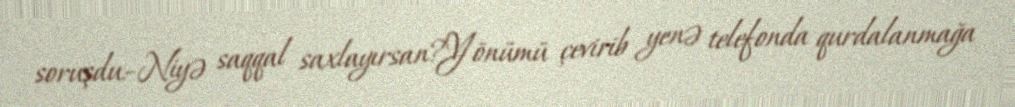
soruşdu:-Niyə saqqal saxlayırsan?Yönümü çevirib yenə telefonda qurdalanmağa